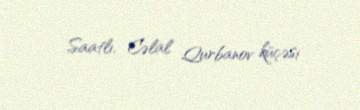
Saatlı, Cəlal Qurbanov küçəsi